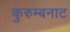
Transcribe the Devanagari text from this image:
कुरुम्बनाट